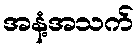
အနံ့အသက်